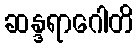
ဆန္ဒရာဂေါတိ